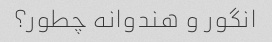
انگور و هندوانه چطور؟